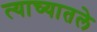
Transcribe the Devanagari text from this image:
त्याच्यातले